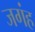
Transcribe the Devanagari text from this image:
जगंह